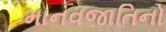
માનવજાતિનો